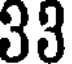
33